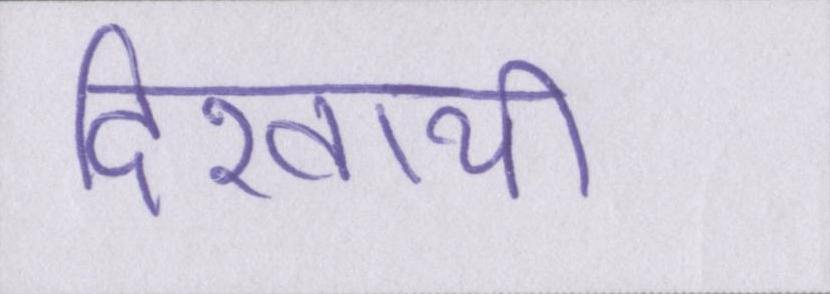
दिखायी